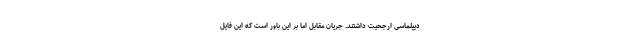
دیپلماسی ارجحیت داشتند. جریان مقابل اما بر این باور است که این فایل